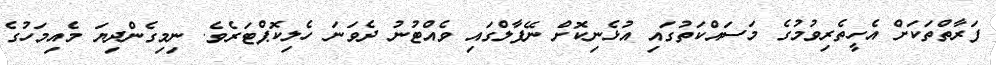
ފަރާތްތަކަށް އެހީތެރިވުމުގެ މަސައްކަތުގައި އުޅެނިކޮށް ނޭޕާލްގައި ވެއްޓުނު ދެވަނަ ހެލިކޮޕްޓަރެވެ. ނިމިގެންދިޔަ މެއިމަހުގެ